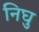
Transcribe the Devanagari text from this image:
निघु